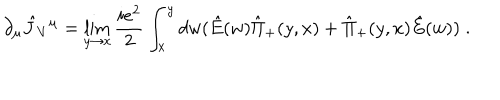
LaTeX: \partial _ { \mu } \hat { J } _ { V } { } ^ { \mu } = \lim _ { y \rightarrow x } { \frac { i e ^ { 2 } } { 2 } } \int _ { x } ^ { y } d w ( \hat { E } ( w ) \hat { \Pi } _ { + } ( y , x ) + \hat { \Pi } _ { + } ( y , x ) \hat { E } ( w ) ) \; .